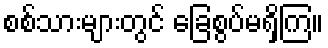
စစ်သားများတွင် ခြေစွပ်မရှိကြ။